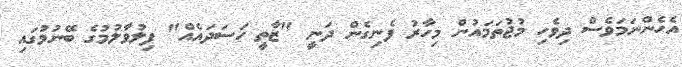
އެހެންނަމަވެސް ދިވެހި މުޖުތަމައުން މިހާރު ފެނިގެން ދަނީ "ޒާތީ ހަސަދައެއް" ފިލުވާލުމުގެ ބޭނުމުގައި